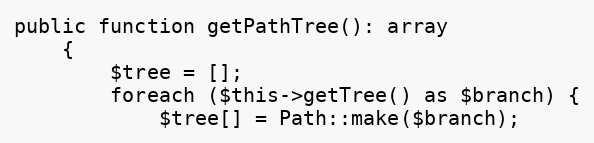
Language: PHP
public function getPathTree(): array
    {
        $tree = [];
        foreach ($this->getTree() as $branch) {
            $tree[] = Path::make($branch);